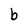
Character: b